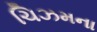
ચિઝમના